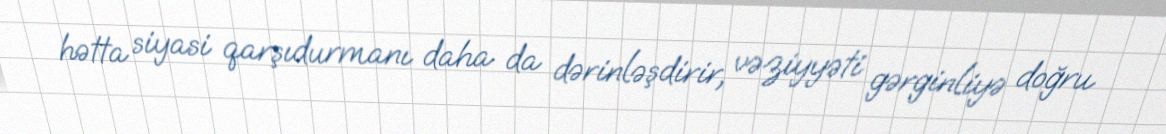
hətta siyasi qarşıdurmanı daha da dərinləşdirir, vəziyyəti gərginliyə doğru